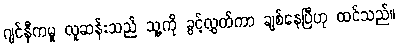
ဂျင်နီကမူ လူဆန်းသည် သူ့ကို ခွင့်လွှတ်ကာ ချစ်နေပြီဟု ထင်သည်။